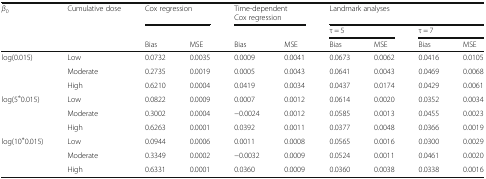
<table><thead><tr><td><b><i>β</i><sub>0</sub></b></td><td><b>Cumulative dose</b></td><td colspan="2"><b>Cox regression</b></td><td colspan="2"><b>Time-dependentCox regression</b></td><td colspan="4"><b>Landmark analyses</b></td></tr><tr><td></td><td></td><td></td><td></td><td></td><td></td><td colspan="2"><b>τ = 5</b></td><td colspan="2"><b>τ = 7</b></td></tr><tr><td></td><td></td><td><b>Bias</b></td><td><b>MSE</b></td><td><b>Bias</b></td><td><b>MSE</b></td><td><b>Bias</b></td><td><b>MSE</b></td><td><b>Bias</b></td><td><b>MSE</b></td></tr></thead><tbody><tr><td rowspan="3">log(0.015)</td><td>Low</td><td>0.0732</td><td>0.0035</td><td>0.0009</td><td>0.0041</td><td>0.0673</td><td>0.0062</td><td>0.0416</td><td>0.0105</td></tr><tr><td>Moderate</td><td>0.2735</td><td>0.0019</td><td>0.0005</td><td>0.0043</td><td>0.0641</td><td>0.0043</td><td>0.0469</td><td>0.0068</td></tr><tr><td>High</td><td>0.6210</td><td>0.0004</td><td>0.0419</td><td>0.0034</td><td>0.0437</td><td>0.0174</td><td>0.0429</td><td>0.0061</td></tr><tr><td rowspan="3">log(5<sup>∗</sup>0.015)</td><td>Low</td><td>0.0822</td><td>0.0009</td><td>0.0007</td><td>0.0012</td><td>0.0614</td><td>0.0020</td><td>0.0352</td><td>0.0034</td></tr><tr><td>Moderate</td><td>0.3002</td><td>0.0004</td><td>−0.0024</td><td>0.0012</td><td>0.0585</td><td>0.0013</td><td>0.0455</td><td>0.0023</td></tr><tr><td>High</td><td>0.6263</td><td>0.0001</td><td>0.0392</td><td>0.0011</td><td>0.0377</td><td>0.0048</td><td>0.0366</td><td>0.0019</td></tr><tr><td rowspan="3">log(10<sup>∗</sup>0.015)</td><td>Low</td><td>0.0944</td><td>0.0006</td><td>0.0011</td><td>0.0008</td><td>0.0565</td><td>0.0016</td><td>0.0300</td><td>0.0029</td></tr><tr><td>Moderate</td><td>0.3349</td><td>0.0002</td><td>−0.0032</td><td>0.0009</td><td>0.0524</td><td>0.0011</td><td>0.0461</td><td>0.0020</td></tr><tr><td>High</td><td>0.6331</td><td>0.0001</td><td>0.0360</td><td>0.0009</td><td>0.0360</td><td>0.0038</td><td>0.0338</td><td>0.0016</td></tr></tbody></table>